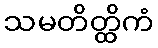
သမတိတ္ထိကံ